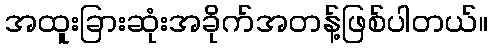
အထူးခြားဆုံးအခိုက်အတန့်ဖြစ်ပါတယ်။